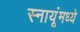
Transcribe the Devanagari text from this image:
स्नायूंमध्ये